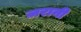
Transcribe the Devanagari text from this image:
ज़रानी